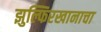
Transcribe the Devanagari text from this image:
झुल्फिरखानाचा